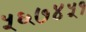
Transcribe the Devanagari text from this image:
५६७४५१